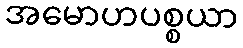
အမောဟပစ္စယာ